Vabadussoja_Ajaloo_Komitee, lk 123
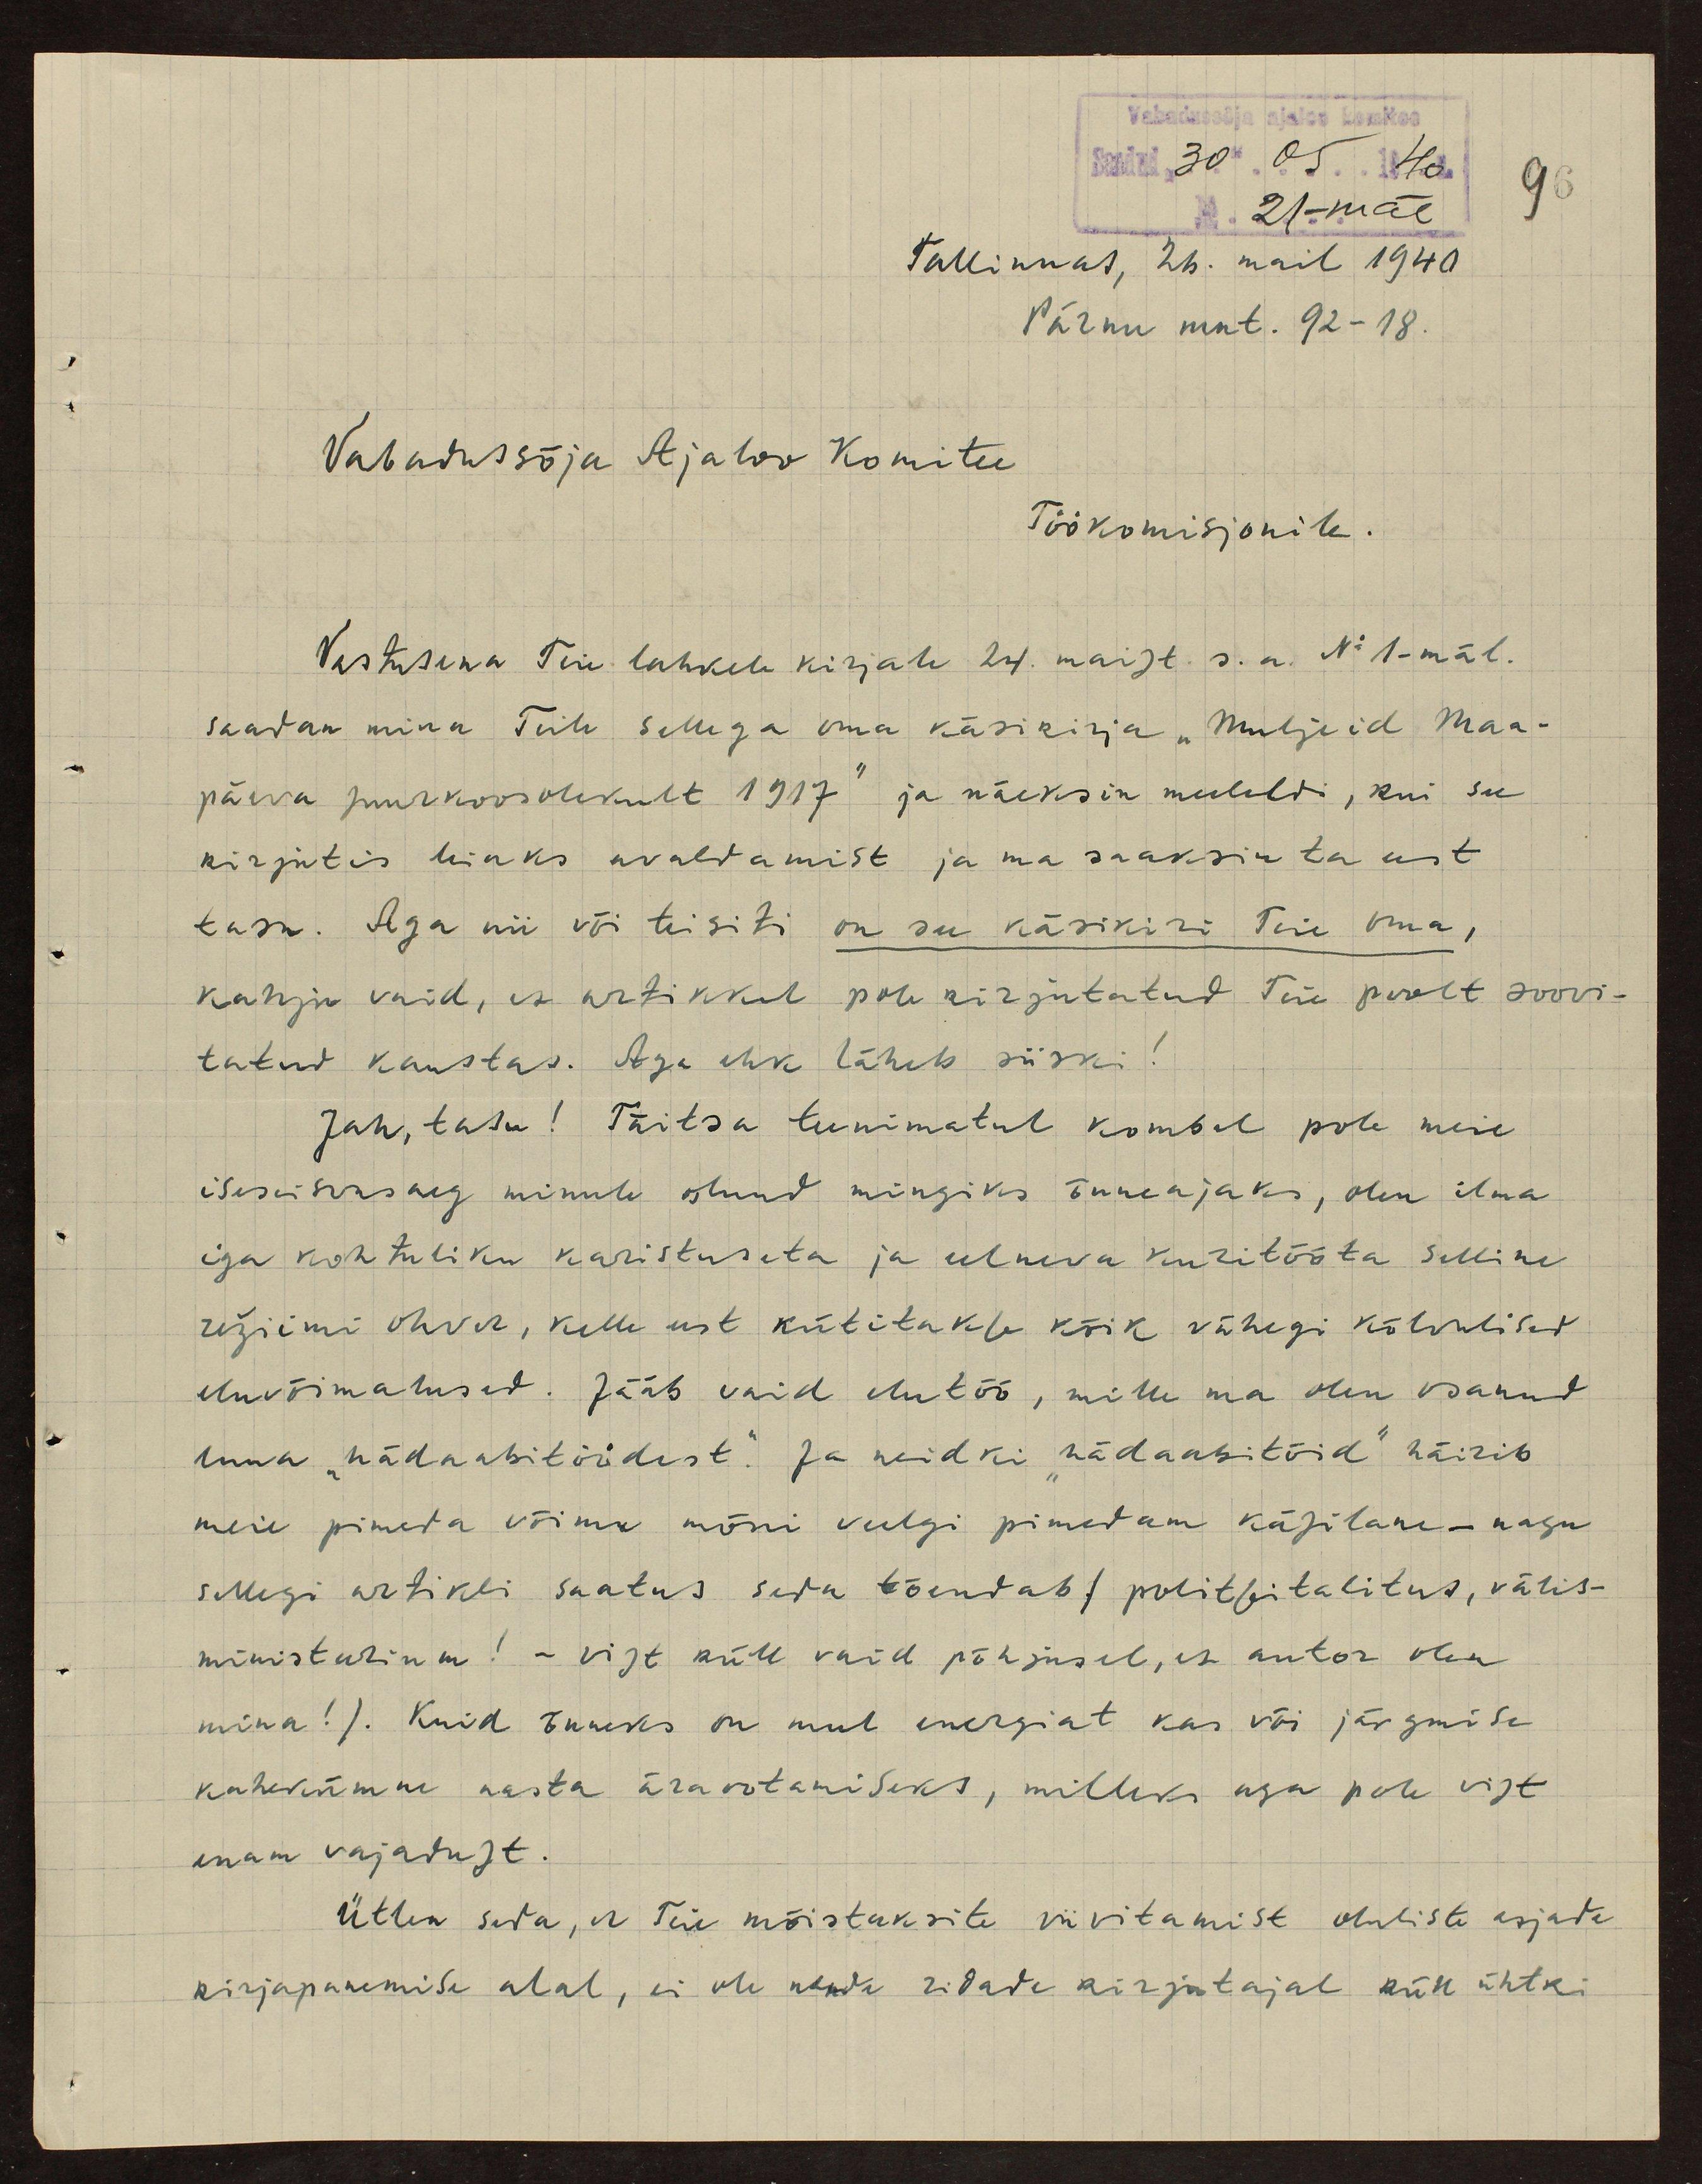
Vabadussõja ajaloo komitee
Saabunud: "30" 05 1940
No 21-mäl
96
Tallinnas, 26. mail 1940.
Pärnu mnt. 92-18.
Vabadussõja Ajaloo Komitee
Töökomisjonile.
Vastusena Teie lahkele kirjale 24. maist s.a. No 1-mäl.
saadan mina Teile sellega oma käsikirja "Muljeid Maa-
päeva suurkoosolekult 1917" ja näeksin meeleldi, kui see
kirjutis leiaks avaldamist ja ma saaksin ta eest
tasu. Aga nii või teisiti on see käsikiri Teie oma,
kahju vaid, es artikkul pole kirjutatud Teie poolt soovi-
tatud kaustas. Aga ehk läheb siiski!
Jah, tasu! Täitsa teenimatul kombel pole meie
iseseisvusaeg minule olnud mingiks õnneajaks, olen ilma
iga kohtuliku karistuseta ja ulneva kuritööta selline
režiimi ohver, kelle eest kütitakse kõik vähegi kõlvulised
eluvõimalused. Jääb vaid elutöö, mille ma olen osanud
luua "hädaabitöödest". Ja neidki hädaabitöid häirib
meie pimeda võimu mõni veelgi pimedam käsilane - nagu
sellegi artikli saatus seda tõendab (politseitalitus, välis-
ministeerium! - vist küll vaid põhjusel, et autor olen
mina!). Kuid õnneks on mul energiat kas või järgmise
kahekümne aasta äraootamiseks, milleks aga pole vist
enam vajadust.
Ütlen seda, et Teie mõistaksite viivitamist oluliste asjade
kirjaparemise alal, ei ole nende ridade kirjutajal küll ühtki